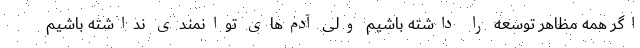
اگر همه مظاهر توسعه را داشته باشیم ولی آدم‌های توانمندی نداشته باشیم